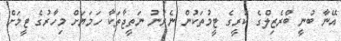
އޭނާ ބުނީ ބްރެޒިލްގެ ކުރީގެ ޓީމުތަކުން ނެރުނު ނަތީޖާތަކާ ހަމަޔަށް މިހާރުގެ ޓީމަށް